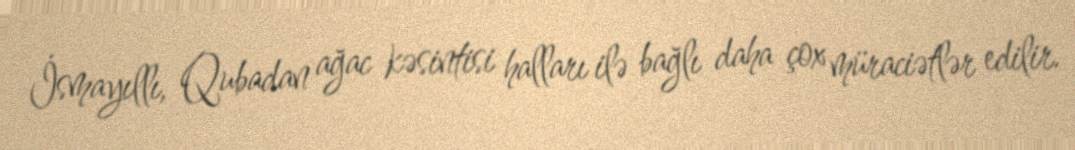
İsmayıllı, Qubadan ağac kəsintisi halları ilə bağlı daha çox müraciətlər edilir.